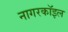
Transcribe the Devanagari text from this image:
नागरकॉइल